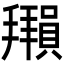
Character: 𫾖